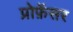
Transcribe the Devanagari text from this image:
प्रोफ़ॅसर